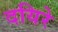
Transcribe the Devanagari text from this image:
दयिरे